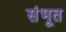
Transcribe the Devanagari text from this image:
संभूत